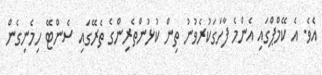
އެވެ. އެ ކޭމްޕްގައި އެންމެ ފާހަގަކުރެވުނު ތިން ކުޅުންތެރިންގެ ތެރޭގައި ސެންޓޭ ހިމެނިގެން